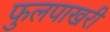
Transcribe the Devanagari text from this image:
फुलपाखरी